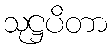
သုဋ္ဌပိတာ